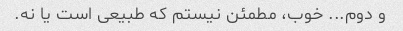
و دوم... خوب، مطمئن نیستم که طبیعی است یا نه.